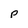
Character: p